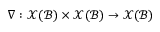
\nabla : \mathcal { X } ( \mathcal { B } ) \times \mathcal { X } ( \mathcal { B } ) \rightarrow \mathcal { X } ( \mathcal { B } )